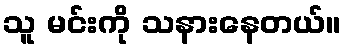
သူ မင်းကို သနားနေတယ်။